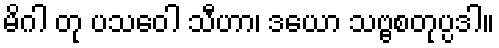
မိဂါ တု ပသဝေါ သီဟာ၊ ဒယော သဗ္ဗစတုပ္ပဒါ။